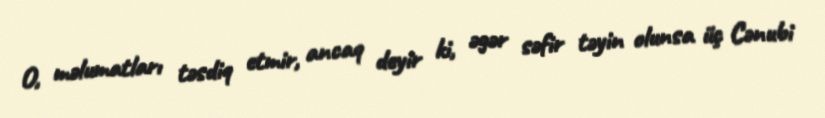
O, məlumatları təsdiq etmir, ancaq deyir ki, əgər səfir təyin olunsa üç Cənubi